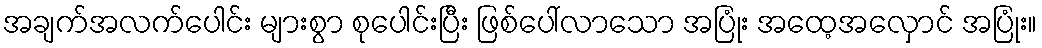
အချက်အလက်ပေါင်း များစွာ စုပေါင်းပြီး ဖြစ်ပေါ်လာသော အပြုံး အထေ့အလှောင် အပြုံး။